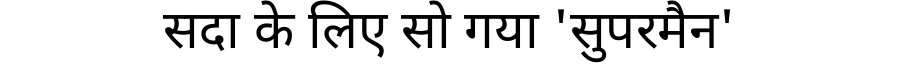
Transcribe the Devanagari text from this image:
सदा के लिए सो गया 'सुपरमैन'